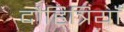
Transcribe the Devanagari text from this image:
दौहित्रियाँ